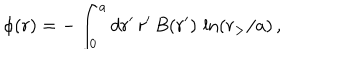
LaTeX: \phi ( r ) = - \int _ { 0 } ^ { a } d r ^ { \prime } \, r ^ { \prime } \, B ( r ^ { \prime } ) \, \ln ( r _ { > } / a ) \, ,